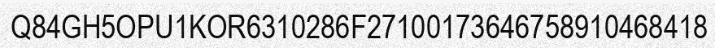
Q84GH5OPU1KOR6310286F27100173646758910468418